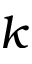
k